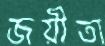
জয়ীতা